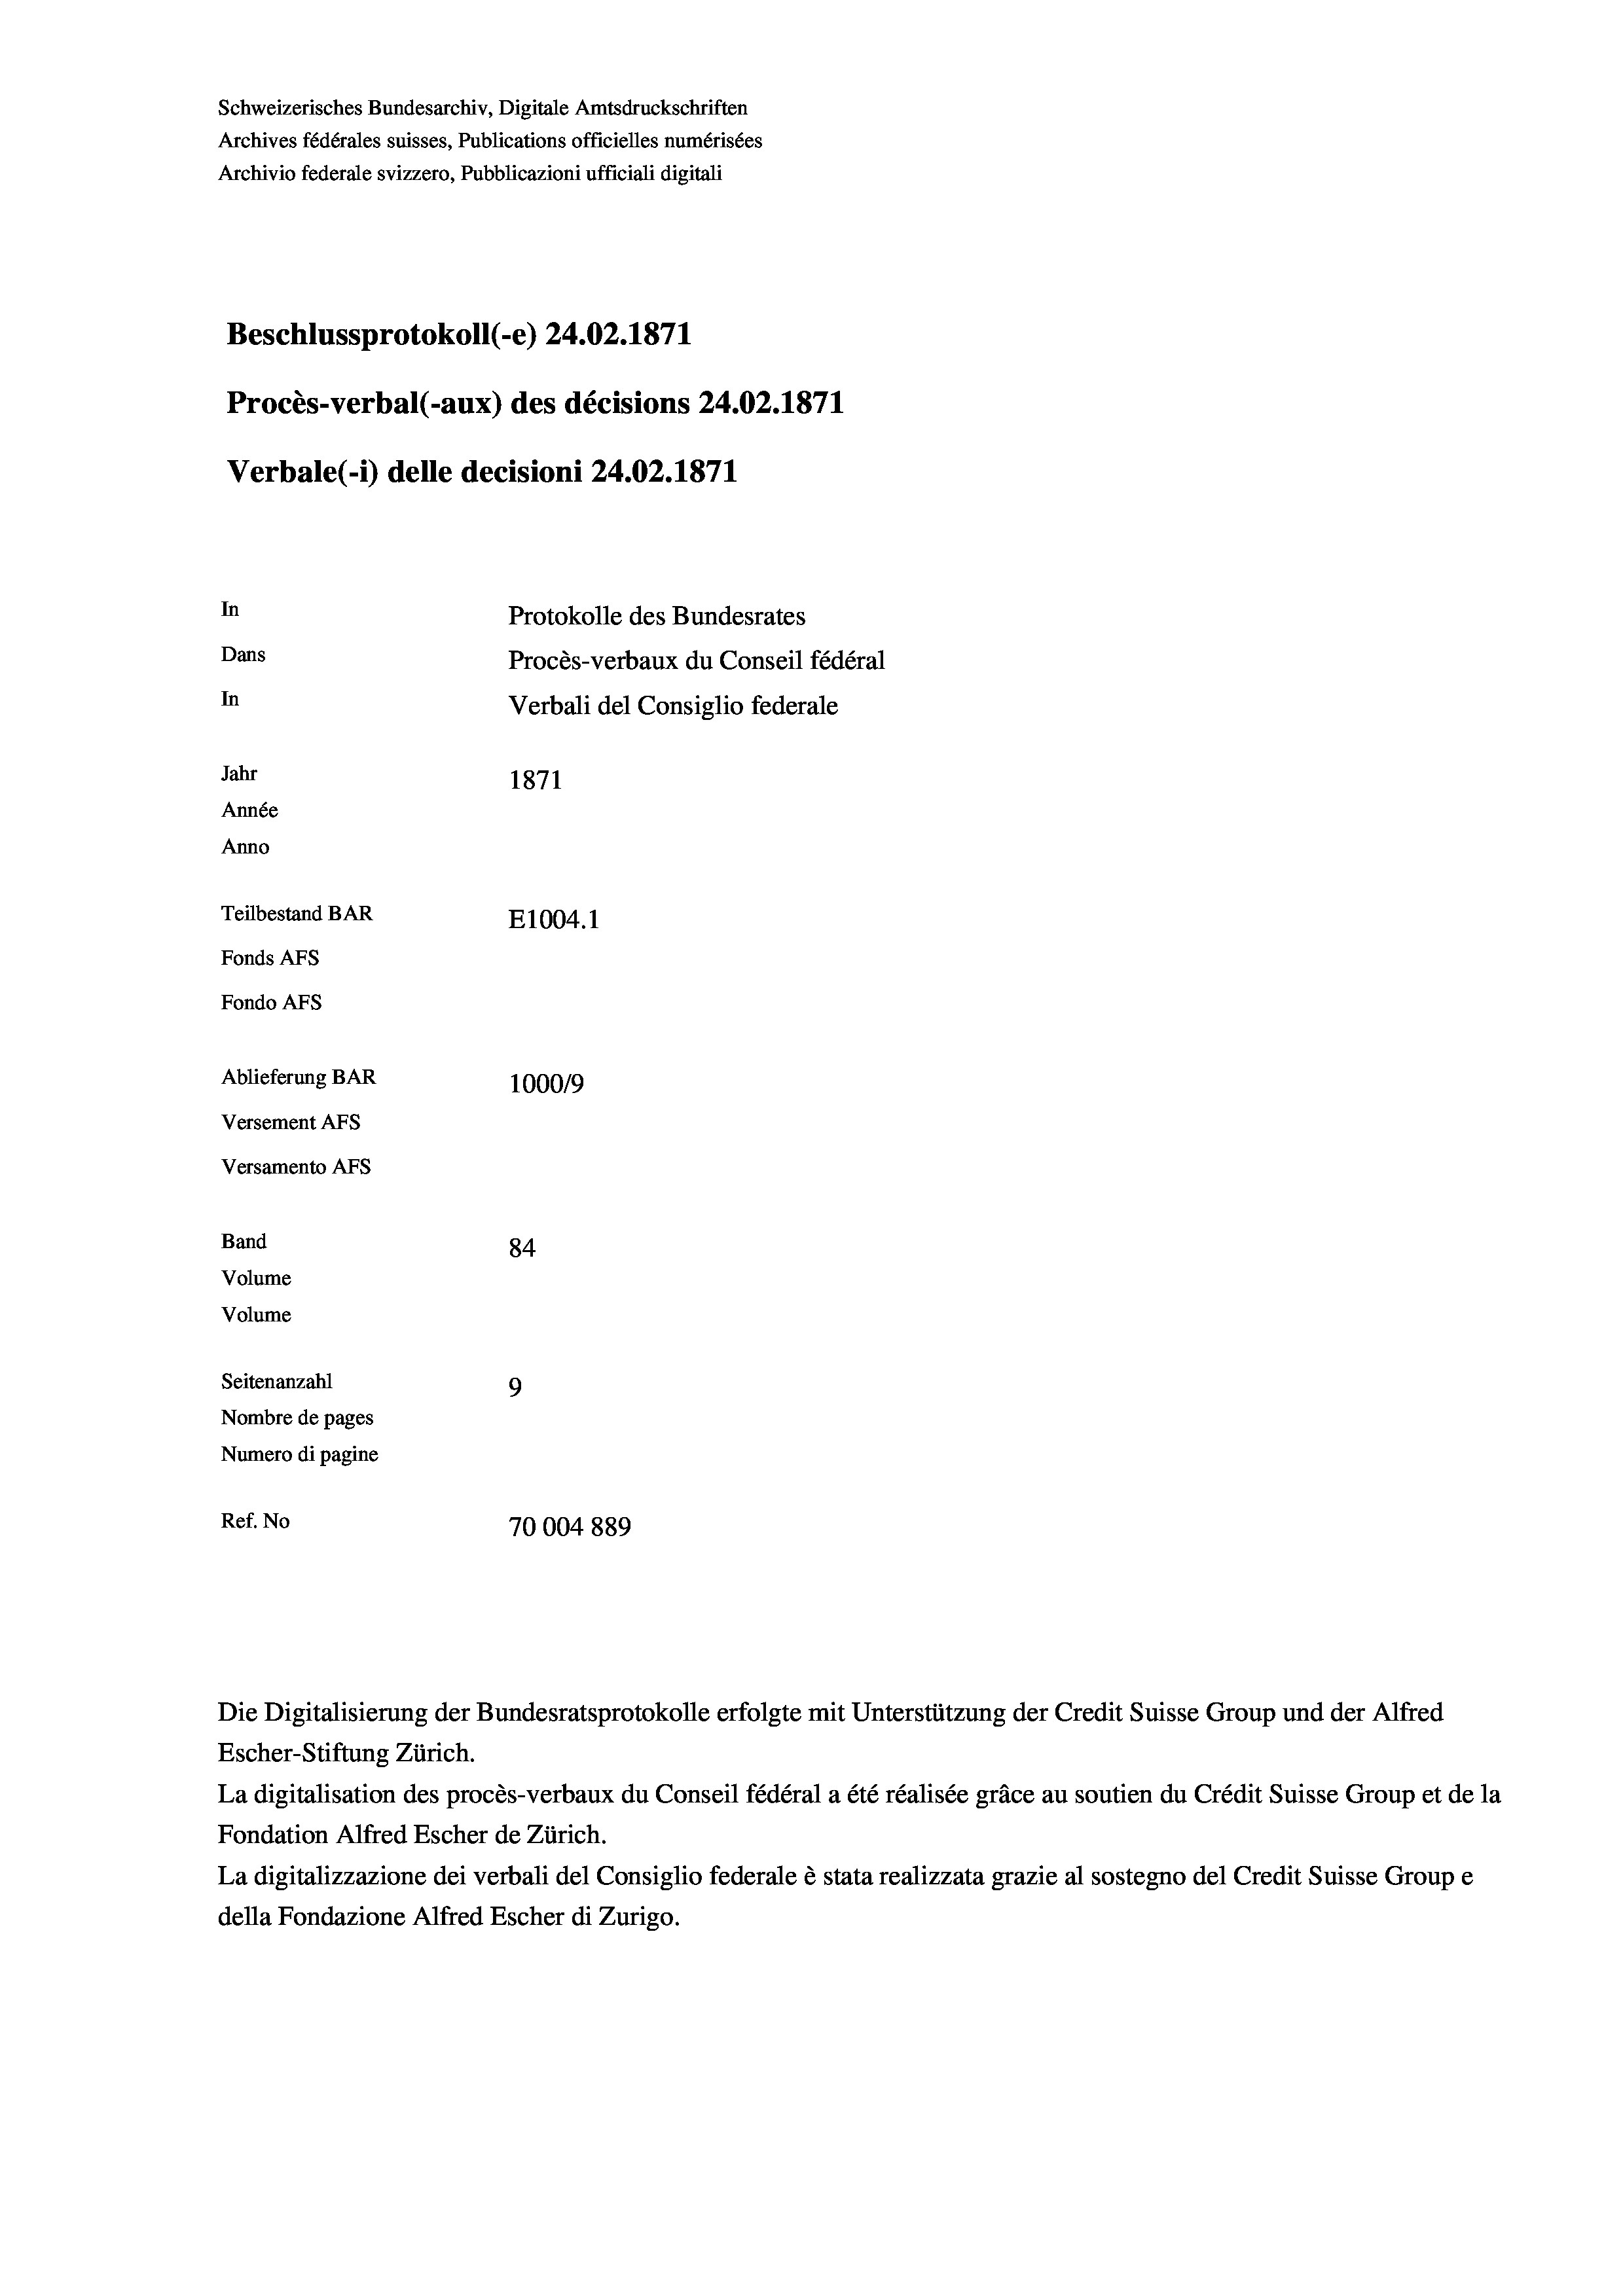
Schweizerisches Bundesarchiv, Digitale Amtsdruckschriften
Archives fédérales suisses, Publications officielles numérisées
Archivio federale svizzero, Pubblicazioni ufficiali digitali
Beschlussprotokoll (-e) 24.02. 1871
Procès-verbal (-aux) des décisions 24.02. 1871
Verbale (- 1) delle decisioni 24.02. 1871
In
Protokolle des Bundesrates
Dans
Procès-verbaux du Conseil fédéral
In
Verbali del Consiglio federale
Jahr
1871
Année
Anno
Teilbestand BAR
E1004.1
Fonds AFs
Fondo AFs
Ablieferung BAR
1000/9
Versement Abs
Versamento Afs
Band
84
Volume
Volume
Seitenanzahl
9
Nombre de pages
Numero di pagine
Ref. No
70004889

Escher-Stiftung Zürich.
La digitalisation des procès-verbaux du Conseil fédéral a été réalisée gräce au soutien du Crédit Suisse Group et de la
Fondation Alfred Escher de Zürich.
La digitalizzazione dei verbali del Consiglio federale è stata realizzata grazie al sostegno del Credit Suisse Groupe
della Fondazione Alfred Escher di Zurigo.

Die Digitalisierung der Bundesratsprotokolle erfolgte mit Unterstützung der Credit Suisse Group und der Alfred